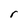
Character: r